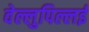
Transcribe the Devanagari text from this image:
वेल्लुपिल्लई